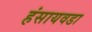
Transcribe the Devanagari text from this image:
हंसायवडा